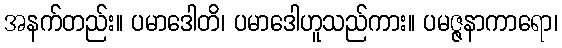
အနက်တည်း။ ပမာဒေါတိ၊ ပမာဒေါဟူသည်ကား။ ပမဇ္ဇနာကာရော၊